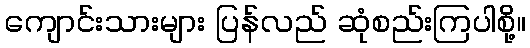
ကျောင်းသားများ ပြန်လည် ဆုံစည်းကြပါစို့။